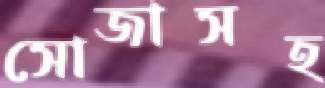
সোজাসহ